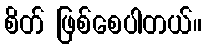
စိတ် ဖြစ်စေပါတယ်။